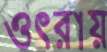
ওৎরায়